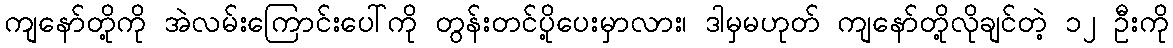
ကျနော်တို့ကို အဲလမ်းကြောင်းပေါ်ကို တွန်းတင်ပို့ပေးမှာလား၊ ဒါမှမဟုတ် ကျနော်တို့လိုချင်တဲ့ ၁၂ ဦးကို